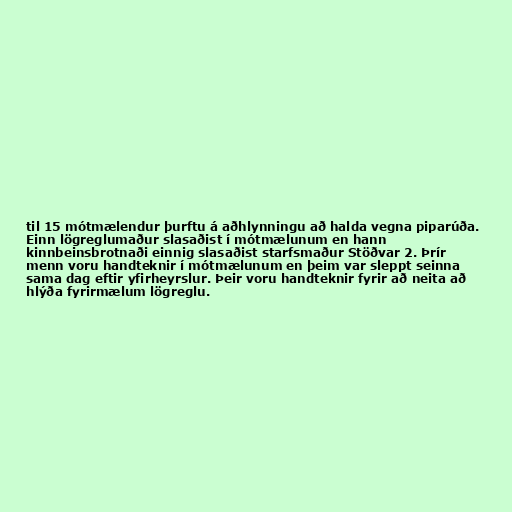
til 15 mótmælendur þurftu á aðhlynningu að halda vegna piparúða.
Einn lögreglumaður slasaðist í mótmælunum en hann
kinnbeinsbrotnaði einnig slasaðist starfsmaður Stöðvar 2. Þrír
menn voru handteknir í mótmælunum en þeim var sleppt seinna
sama dag eftir yfirheyrslur. Þeir voru handteknir fyrir að neita að
hlýða fyrirmælum lögreglu.